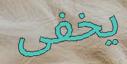
يخفى